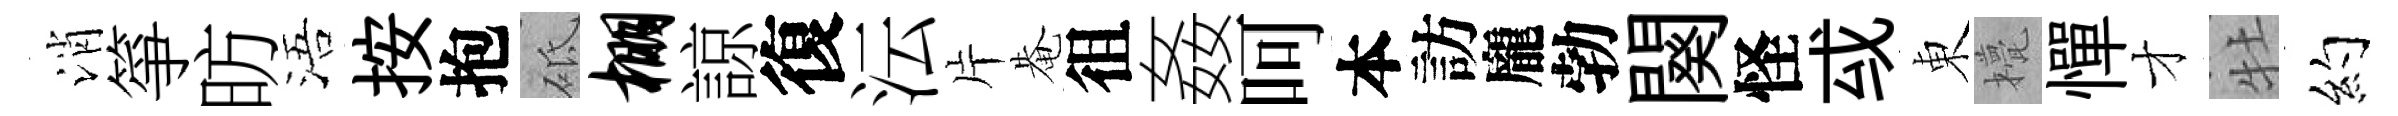
消箏昉浯按抱砥棚諒復沄片𤲅徂姦呵本訪龐勃闋怪㦯東甍憚才牡约